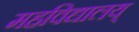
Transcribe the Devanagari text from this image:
महविद्यालय्